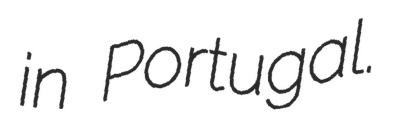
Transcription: in Portugal.